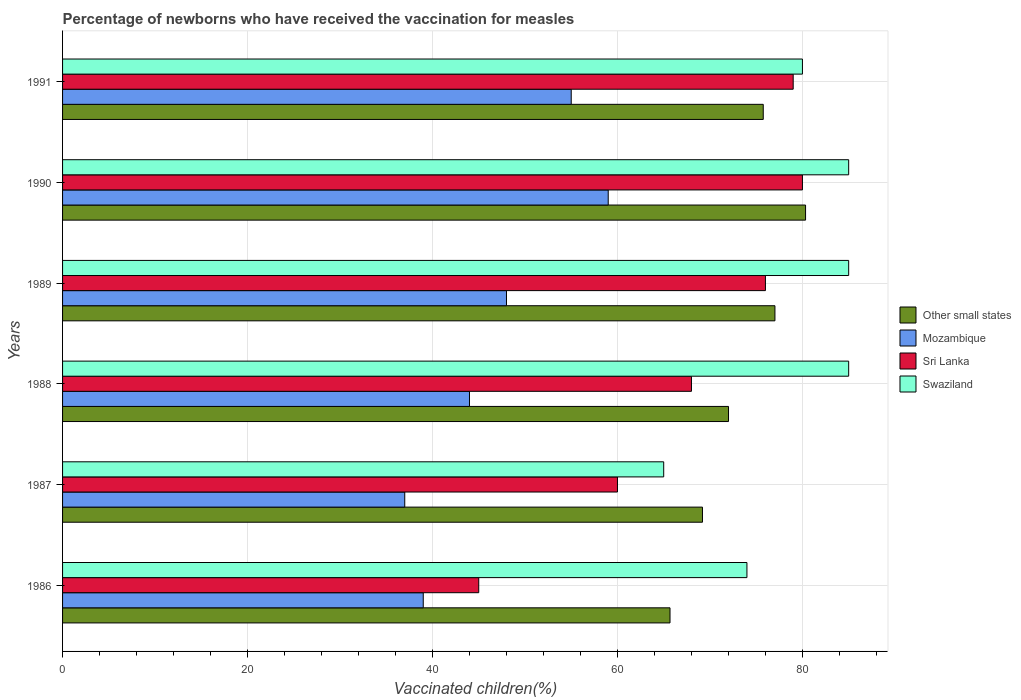
| Years | Other small states | Mozambique | Sri Lanka | Swaziland |
 | --- | --- | --- | --- | --- |
 | 1986 | 65.7 | 39 | 45 | 74 |
 | 1987 | 69.2 | 37 | 60 | 65 |
 | 1988 | 72 | 44 | 68 | 85 |
 | 1989 | 77 | 48 | 76 | 85 |
 | 1990 | 80.3 | 59 | 80 | 85 |
 | 1991 | 75.8 | 55 | 79 | 80 |